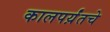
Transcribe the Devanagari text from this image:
कालपर्य़ंतचे